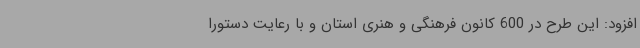
افزود: این طرح در 600 کانون فرهنگی و هنری استان و با رعایت دستورا